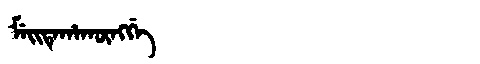
Manchu: ᠮᡝᡳᡨᡝᡥᠠᡴᡡᠩᡤᡝ
Romanization: MEITEHAKŪNGGE